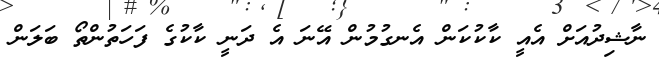
ނާޝިދުއަށް އެއީ ކާކުކަން އެނގުމުން އޭނަ އެ ދަނީ ކާކުގެ ފަހަތުންތޯ ބަލަން